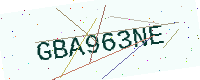
Text: GBA963NE